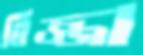
বিজ্জা